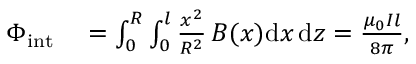
\begin{array} { r l } { \Phi _ { \mathrm { i n t } } } & { { } = \int _ { 0 } ^ { R } \int _ { 0 } ^ { l } \frac { x ^ { 2 } } { R ^ { 2 } } \, B ( x ) \mathrm { d } x \, \mathrm { d } z = \frac { \mu _ { 0 } I l } { 8 \pi } , } \end{array}